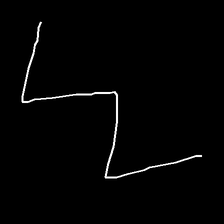
Glyph: crush